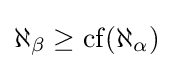
\aleph _{\beta }\geq \operatorname {cf} (\aleph _{\alpha })